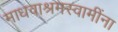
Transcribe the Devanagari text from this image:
माधवाश्रमस्वामींना